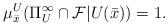
LaTeX: \begin{align*}\mu^U_{\bar{x}}(\Pi^{\infty}_U\cap \mathcal F|U(\bar{x}))=1.\end{align*}